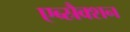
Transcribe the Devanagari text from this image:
एब्स्रैक्शन